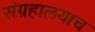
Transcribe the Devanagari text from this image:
संग्रहालयाच